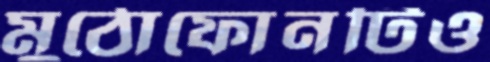
মুঠোফোনটিও